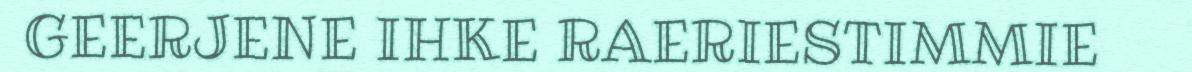
GEERJENE IHKE RAERIESTIMMIE